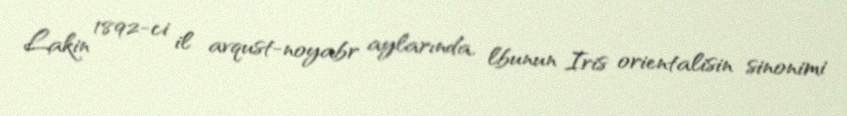
Lakin 1892-ci il avqust-noyabr aylarında, lbunun Iris orientalisin sinonimi